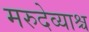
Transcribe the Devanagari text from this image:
मरुदेव्याश्च